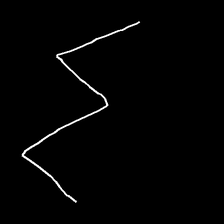
Glyph: crush